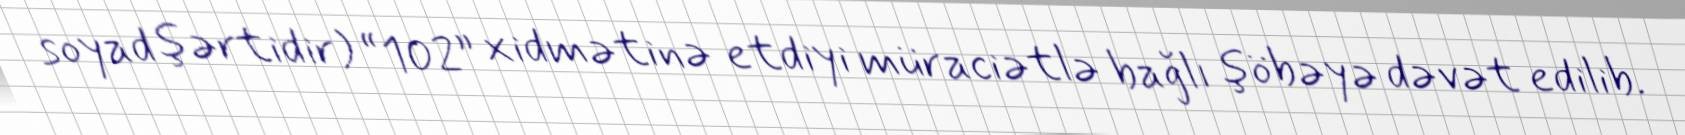
soyad şərtidir) “102” xidmətinə etdiyi müraciətlə bağlı şöbəyə dəvət edilib.